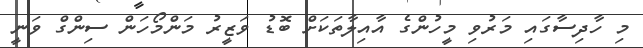
މި ހާދިސާގައި މަރުވި މީހުންގެ އާއިލާތަކަށް ބޮޑު ވަޒީރު މަންމޯހަން ސިންގް ވަނީ